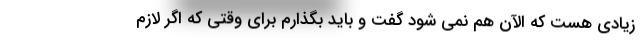
زیادی هست که الآن هم نمی شود گفت و باید بگذارم برای وقتی که اگر لازم